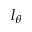
l _ { \theta }